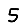
Digit: 5